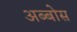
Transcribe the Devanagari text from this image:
अब्बोस